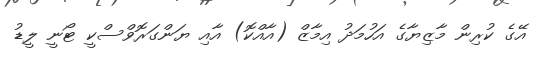
އޭގެ ކުރިން މާޒިޔާގެ އަހުމަދު އިމާޒް (އާއްކޮ) އާއި ޔަންގަރޮވްސްކީ ޓޯނީ ލީޑު